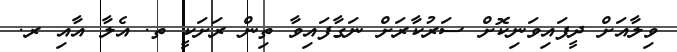
ވިލާއަށް ދީފައިވަނިކޮށް ސަރުކާރަށް ނަގާފައިވާ ތިން ރަށަކީ ތ. އެލާ އާއި ރ.